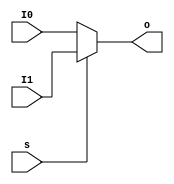
`timescale 1ns / 1ps
//////////////////////////////////////////////////////////////////////////////////
// Company: 
// Engineer: 
// 
// Design Name: 
// Module Name: MUX2T1_5
// Project Name: 
// Target Devices: 
// Tool Versions: 
// Description: 
// 
// Dependencies: 
// 
// Revision:
// Revision 0.01 - File Created
// Additional Comments:
// 
//////////////////////////////////////////////////////////////////////////////////


module MUX2T1_5(
        input [4:0] I0,
        input [4:0] I1,
        input s,
        output [4:0] o
    );

    assign o=s? I1:I0;
endmodule